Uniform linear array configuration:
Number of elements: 8
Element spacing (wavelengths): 0.25
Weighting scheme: uniform
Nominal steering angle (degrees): -45
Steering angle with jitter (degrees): -46.672
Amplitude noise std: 0.05
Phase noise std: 0.05

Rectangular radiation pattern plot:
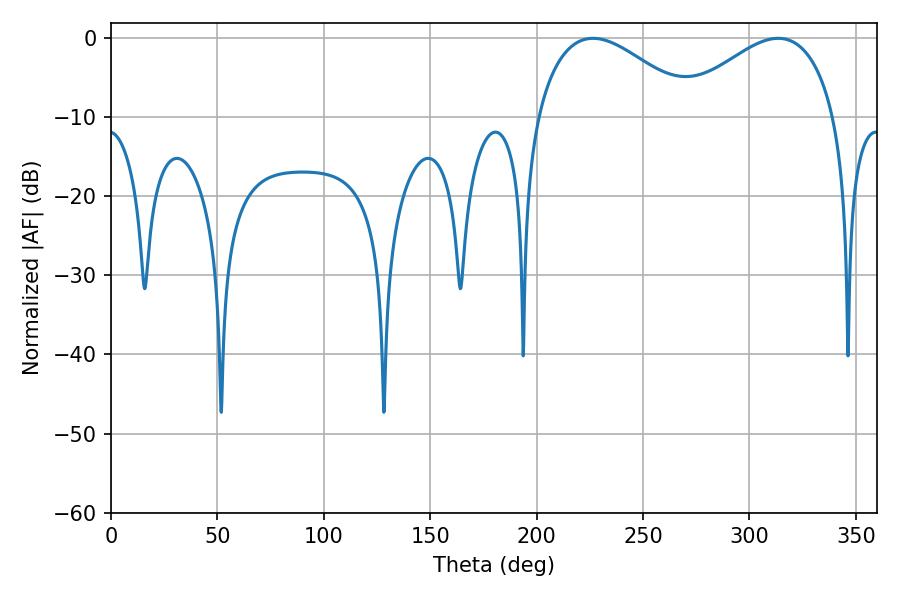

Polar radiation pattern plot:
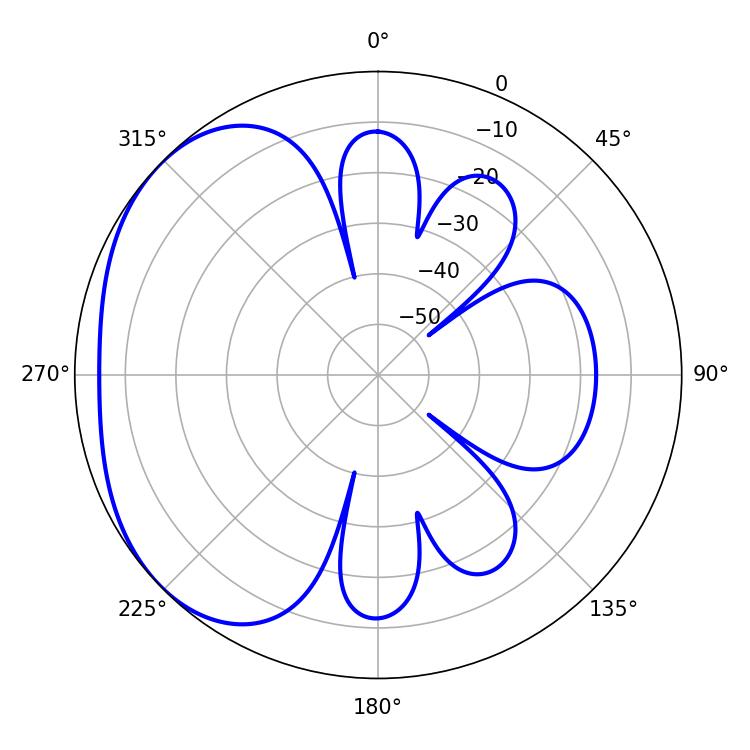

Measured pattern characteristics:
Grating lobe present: FALSE
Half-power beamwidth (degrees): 40.68
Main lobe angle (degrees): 226.44